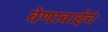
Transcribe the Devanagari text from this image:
वेणाबाईचे